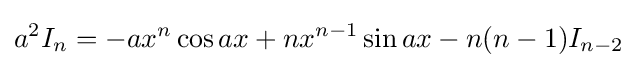
a^{2}I_{n}=-ax^{n}\cos {ax}+nx^{n-1}\sin {ax}-n(n-1)I_{n-2}\,\!